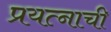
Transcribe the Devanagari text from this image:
प्रयत्नाची